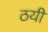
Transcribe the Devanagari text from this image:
ठयी